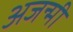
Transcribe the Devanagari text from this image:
अजन्मी